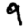
Digit: 9